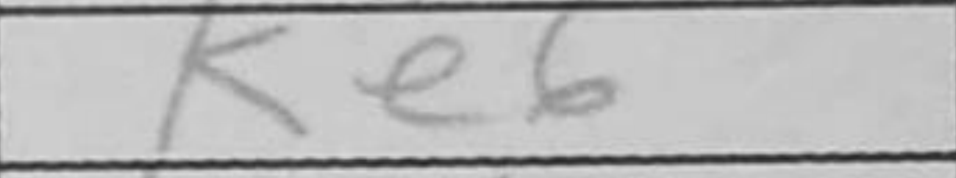
Transcription: Ke6